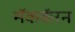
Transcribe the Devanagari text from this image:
मॅककॅरन